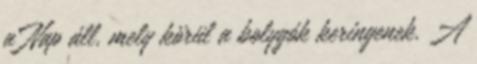
a Nap áll, mely körül a bolygók keringenek. A